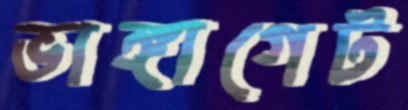
ভাঙ্গাগেট